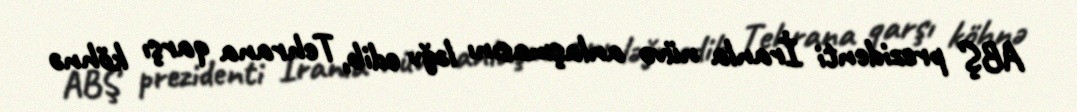
ABŞ prezidenti İranla nüvə anlaşmasını ləğv edib, Tehrana qarşı köhnə